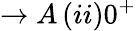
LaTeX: \to A\, (ii)0^{+}